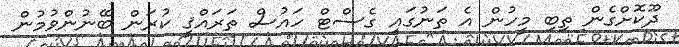
ދޫކޮށްގެން ތިބި މީހުން އެ ތަނުގައި ގެސްޓް ހައުސް ތަރައްޤީ ކުރަން ބޭނުންވުމުން